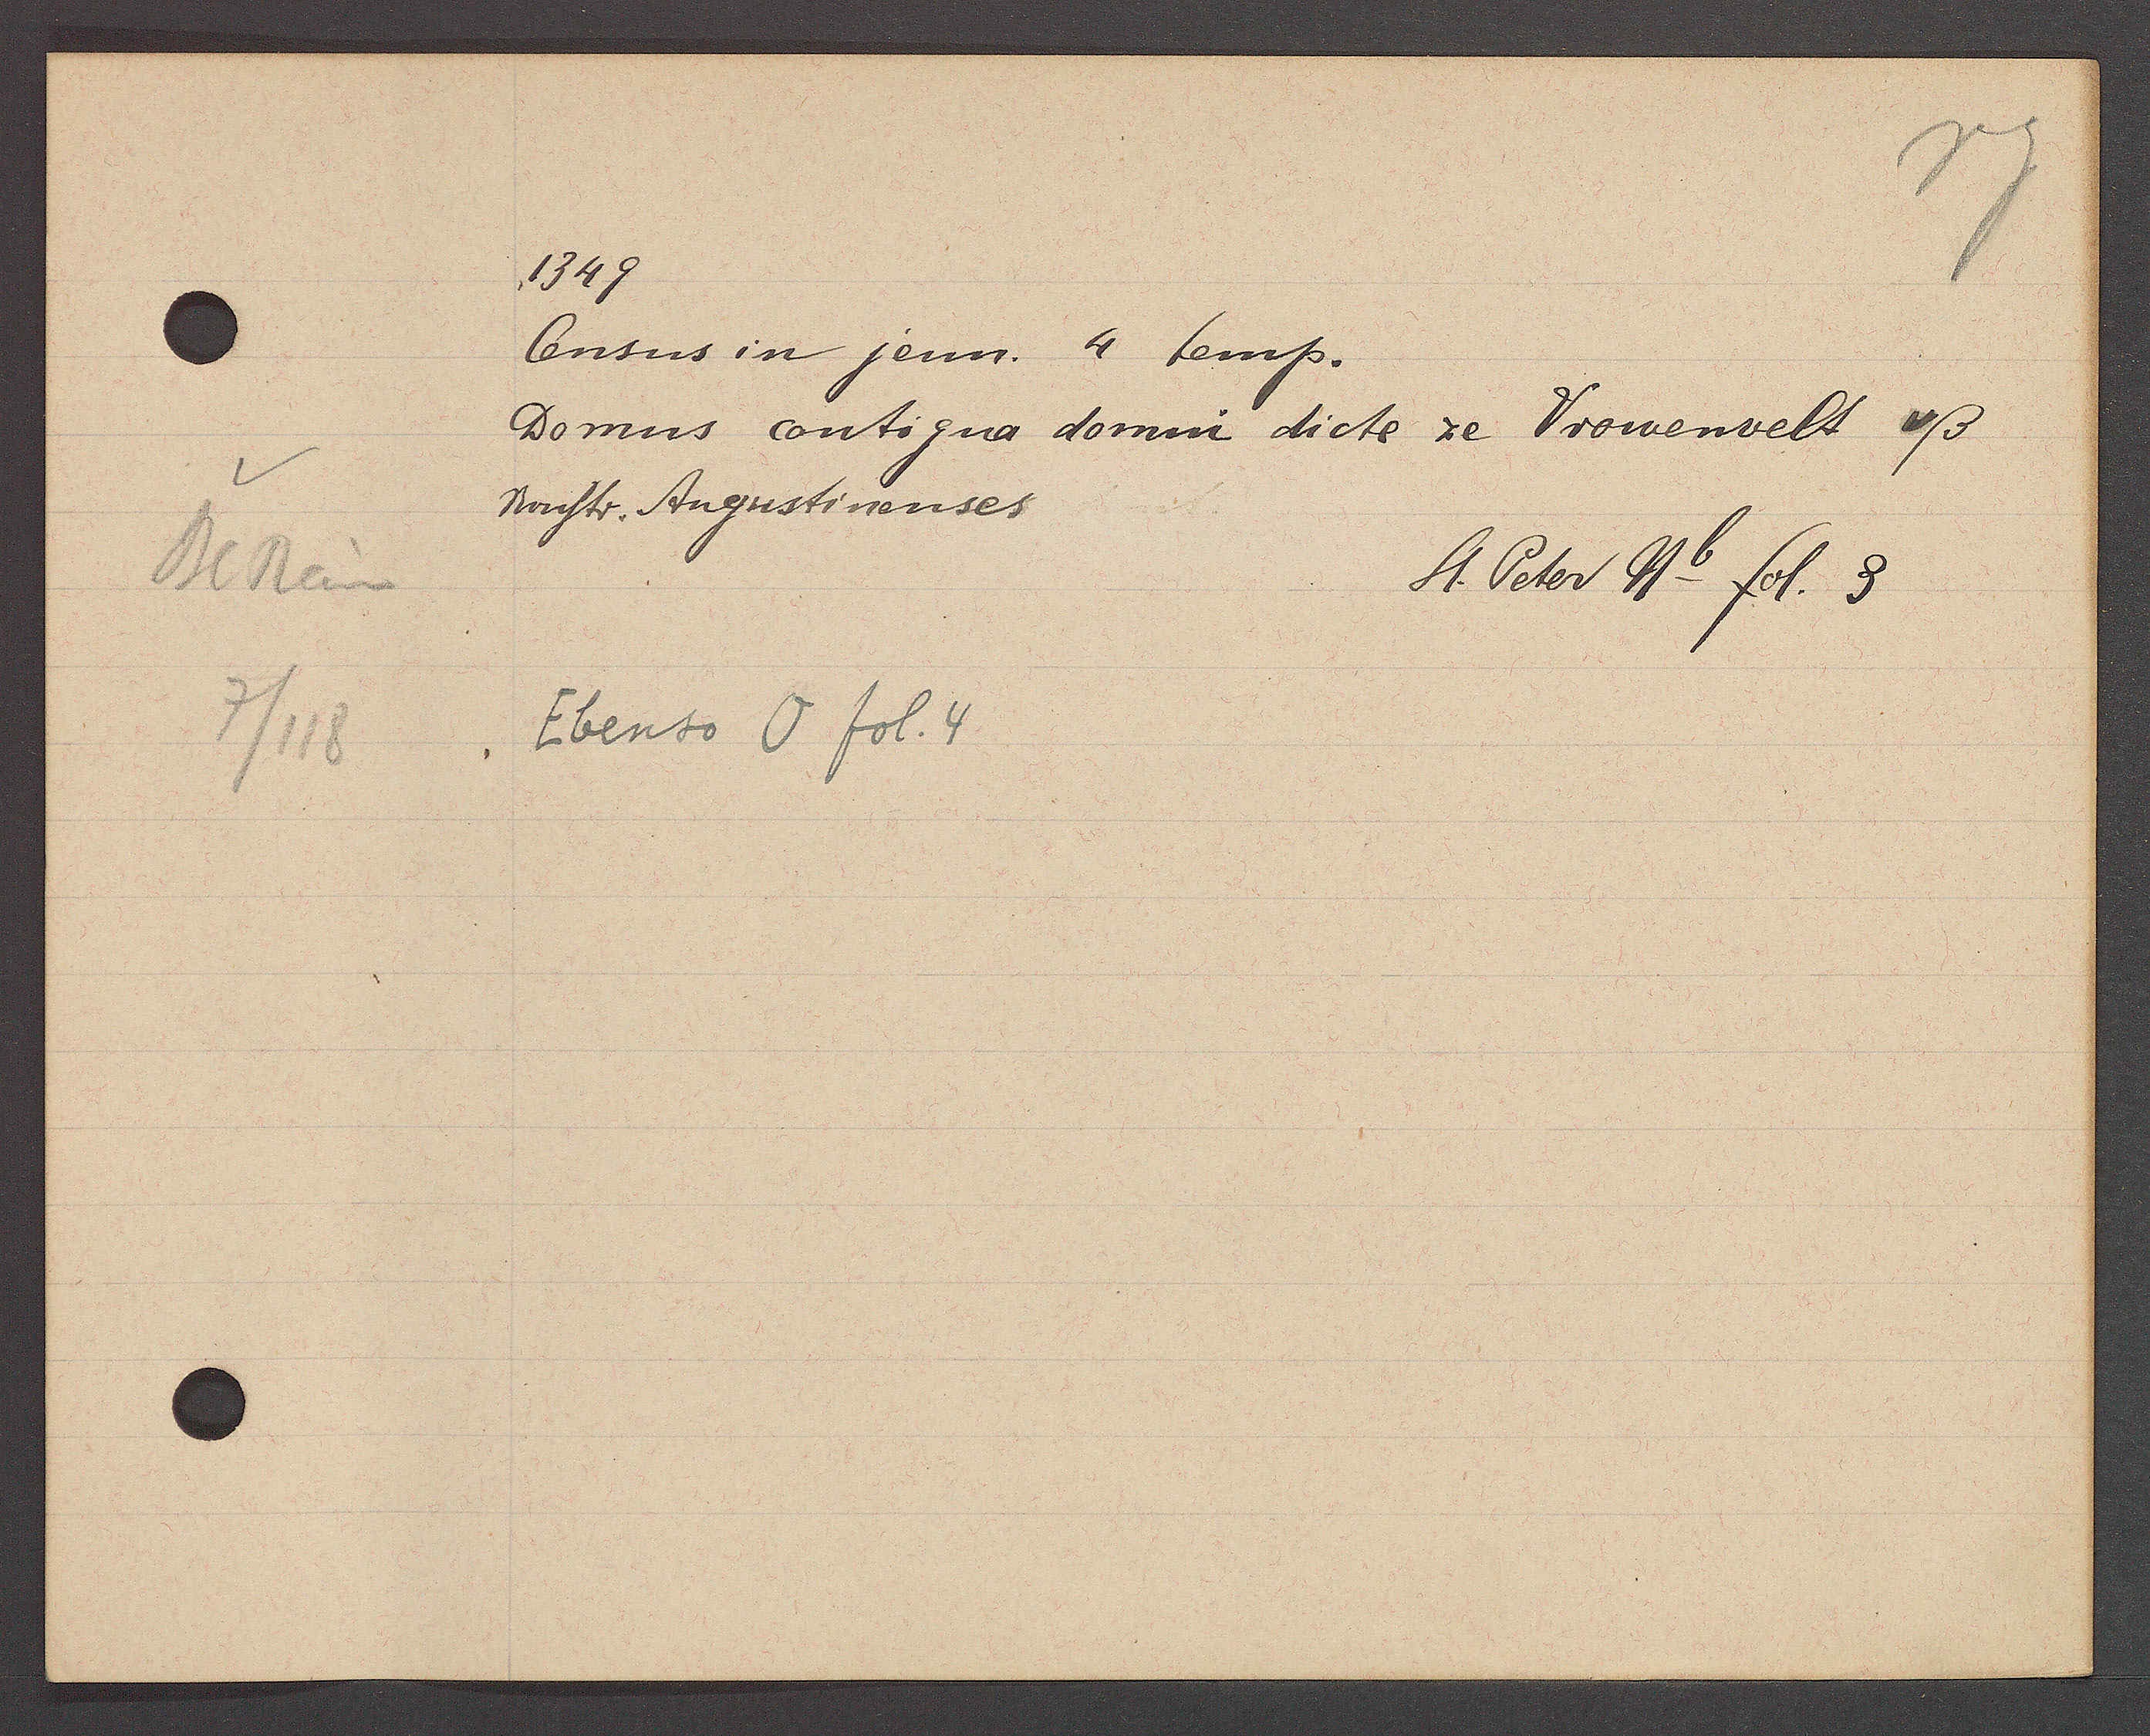
Transcript:
BlRain
7/118

1349.

Census in jenn. 4 temp.
Domus contigue domi dicte ze Vrowenvelt vß
Monstr. Augustinenses
St. Peter Nb fol. 8.

Ebenso O fol. 4.